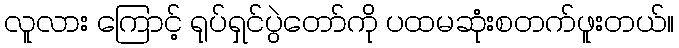
လူလား ကြောင့် ရုပ်ရှင်ပွဲတော်ကို ပထမဆုံးစတက်ဖူးတယ်။